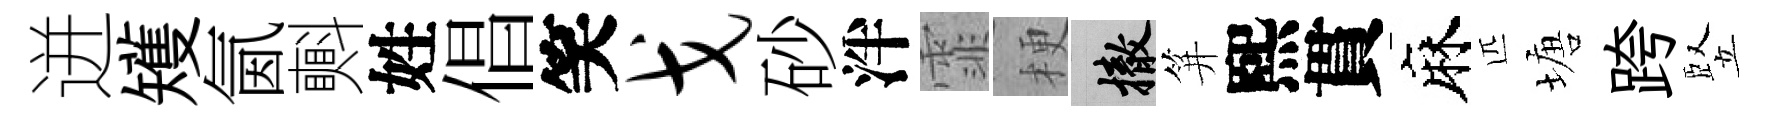
迸矱氤㪺姓倡笑戈砂泮霏梗撤笄熙貫麻匹塘跨竪